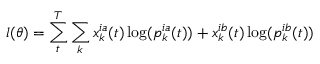
l ( \theta ) = \sum _ { t } ^ { T } \sum _ { k } x _ { k } ^ { i a } ( t ) \log ( p _ { k } ^ { i a } ( t ) ) + x _ { k } ^ { i b } ( t ) \log ( p _ { k } ^ { i b } ( t ) )